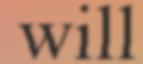
will